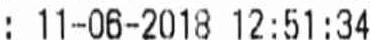
: 11-06-2018 12:51:34